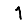
Digit: 1